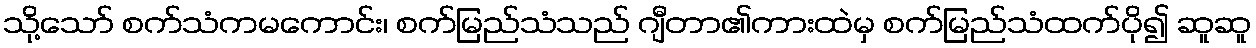
သို့သော် စက်သံကမကောင်း၊ စက်မြည်သံသည် ဂျီတာ၏ကားထဲမှ စက်မြည်သံထက်ပို၍ ဆူဆူ